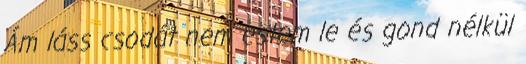
Ám láss csodát nem estem le és gond nélkül